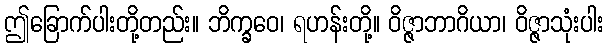
ဤခြောက်ပါးတို့တည်း။ ဘိက္ခဝေ၊ ရဟန်းတို့။ ဝိဇ္ဇာဘာဂိယာ၊ ဝိဇ္ဇာသုံးပါး